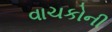
વાચકોની